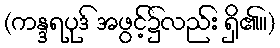
(ကန္ဒရပုဒ် အဖွင့်၌လည်း ရှိ၏။)